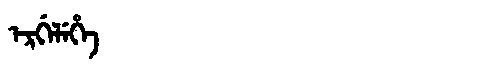
Manchu: ᡝᡵᡤᡝᠯᡝᡥᡝ
Romanization: ERGELEHE